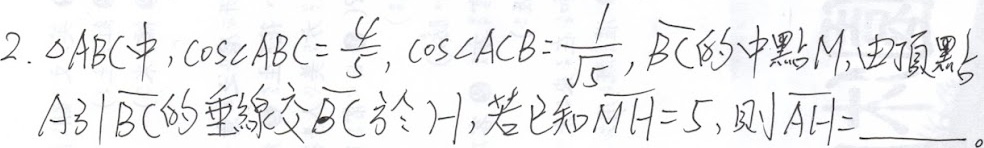
2. 在\(\triangle ABC\)中，\(\cos\angle ABC = \frac{4}{5}\)，\(\cos\angle ACB = \frac{1}{\sqrt{5}}\)，\(\overrightarrow{BC}\)的中点为\(M\)，由顶点\(A\)引\(BC\)的垂线交\(BC\)于\(H\)，若已知\(|\overrightarrow{MH}| = 5\)，则\(|\overrightarrow{AH}| =\)  。